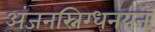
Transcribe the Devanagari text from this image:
अंजनस्निग्धनयनः